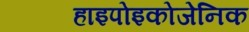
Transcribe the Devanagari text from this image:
हाइपोइकोजेनिक